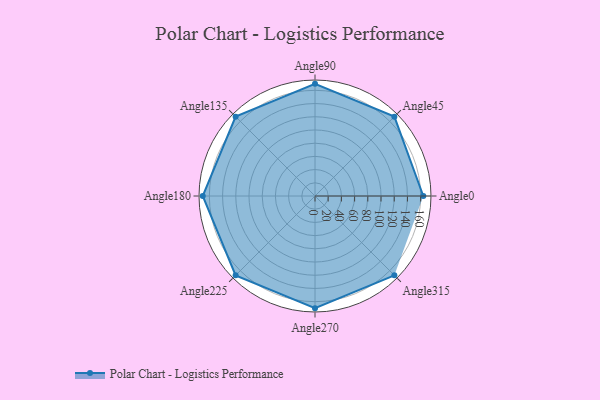
{"axis": {"x": "Angle", "y": "Radius"}, "legend": [""], "data": [{"x": "Angle0", "y": 164.0, "type": ""}, {"x": "Angle45", "y": 170, "type": ""}, {"x": "Angle90", "y": 170, "type": ""}, {"x": "Angle135", "y": 170, "type": ""}, {"x": "Angle180", "y": 170, "type": ""}, {"x": "Angle225", "y": 170, "type": ""}, {"x": "Angle270", "y": 170, "type": ""}, {"x": "Angle315", "y": 170, "type": ""}]}